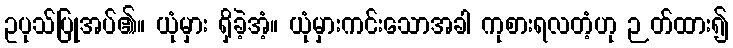
ဥပုသ်ပြုအပ်၏။ ယုံမှား ရှိခဲ့အံ့။ ယုံမှားကင်းသောအခါ ကုစားရလတံ့ဟု ဉတ်ထား၍